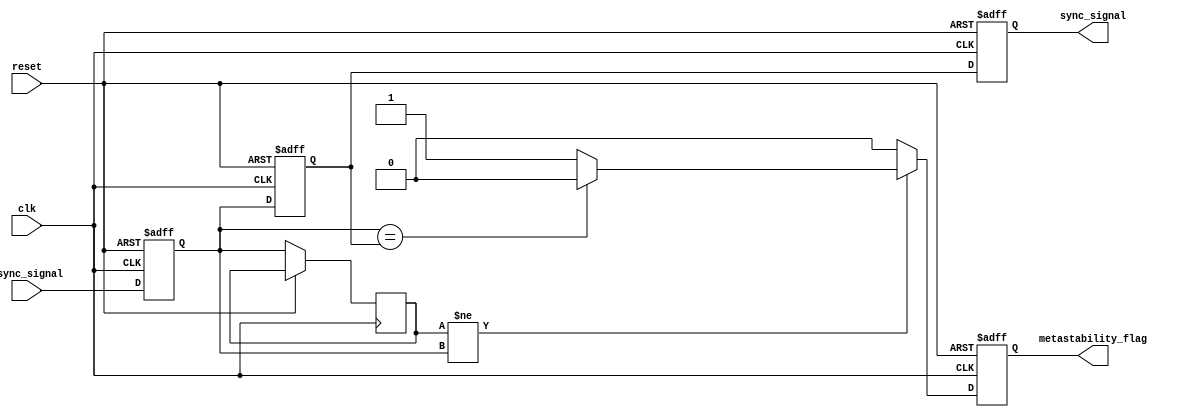
module metastability_detector (
    input wire async_signal,  // Asynchronous input signal
    input wire clk,           // Synchronous clock signal
    input wire reset,         // Reset signal
    output reg sync_signal,    // Synchronized output signal
    output reg metastability_flag // Metastability indicator
);

    // Internal signals for the two flip-flops
    reg ff1, ff2;
    reg ff1_prev;

    // D Flip-Flops for synchronization
    always @(posedge clk or posedge reset) begin
        if (reset) begin
            ff1 <= 1'b0;
            ff2 <= 1'b0;
            sync_signal <= 1'b0;
            metastability_flag <= 1'b0;
        end else begin
            ff1 <= async_signal; // Sample async_signal
            ff2 <= ff1;          // Sample output of first flip-flop
            sync_signal <= ff2;  // Output the synchronized signal
            
            // Metastability detection logic
            if (ff1_prev != ff1) begin
                // ff1 has changed state
                if (ff1 == ff2) begin
                    // If ff1 and ff2 are the same, no metastability detected
                    metastability_flag <= 1'b0;
                end else begin
                    // If ff1 and ff2 are different, metastability may have occurred
                    metastability_flag <= 1'b1;
                end
            end else begin
                // No change in ff1
                metastability_flag <= 1'b0;
            end
            
            // Store previous state of ff1 for next detection
            ff1_prev <= ff1;
        end
    end

endmodule